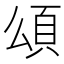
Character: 𩑑